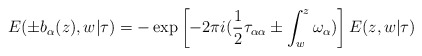
\begin{align*}E( \pm b_{\alpha} (z) , w | \tau ) = - \exp \left[ -2 \pi i ( \frac{1}{2} \tau_{\alpha \alpha} \pm \int_w^z \omega_{\alpha} ) \right] E (z, w | \tau )\end{align*}